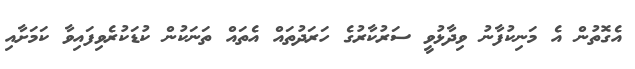
އެގޮތުން އެ މަނިކުފާނު ވިދާޅުވީ ސަރުކާރުގެ ހަރަދުތައް އެތައް ތަނަކުން ކުޑަކުރެވިފައިވާ ކަމަށާއި